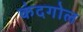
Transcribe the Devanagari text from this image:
कंदगोल